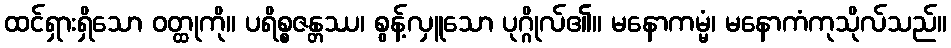
ထင်ရှားရှိသော ဝတ္ထုကို။ ပရိစ္စဇန္တဿ၊ စွန့်လှူသော ပုဂ္ဂိုလ်၏။ မနောကမ္မံ၊ မနောကံကုသိုလ်သည်။